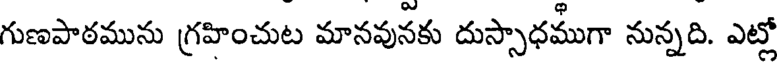
గుణపాఠమును గ్రహించుట మానవునకు దుస్సాధముగా నున్నది. ఎట్లో